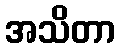
အသိတာ